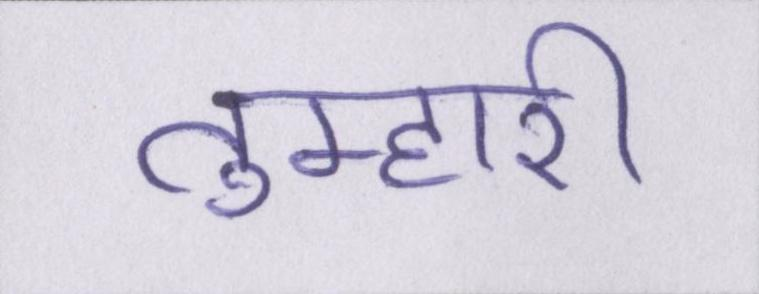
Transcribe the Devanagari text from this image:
तुम्हारी